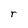
Character: r